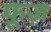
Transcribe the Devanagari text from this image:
फूज़